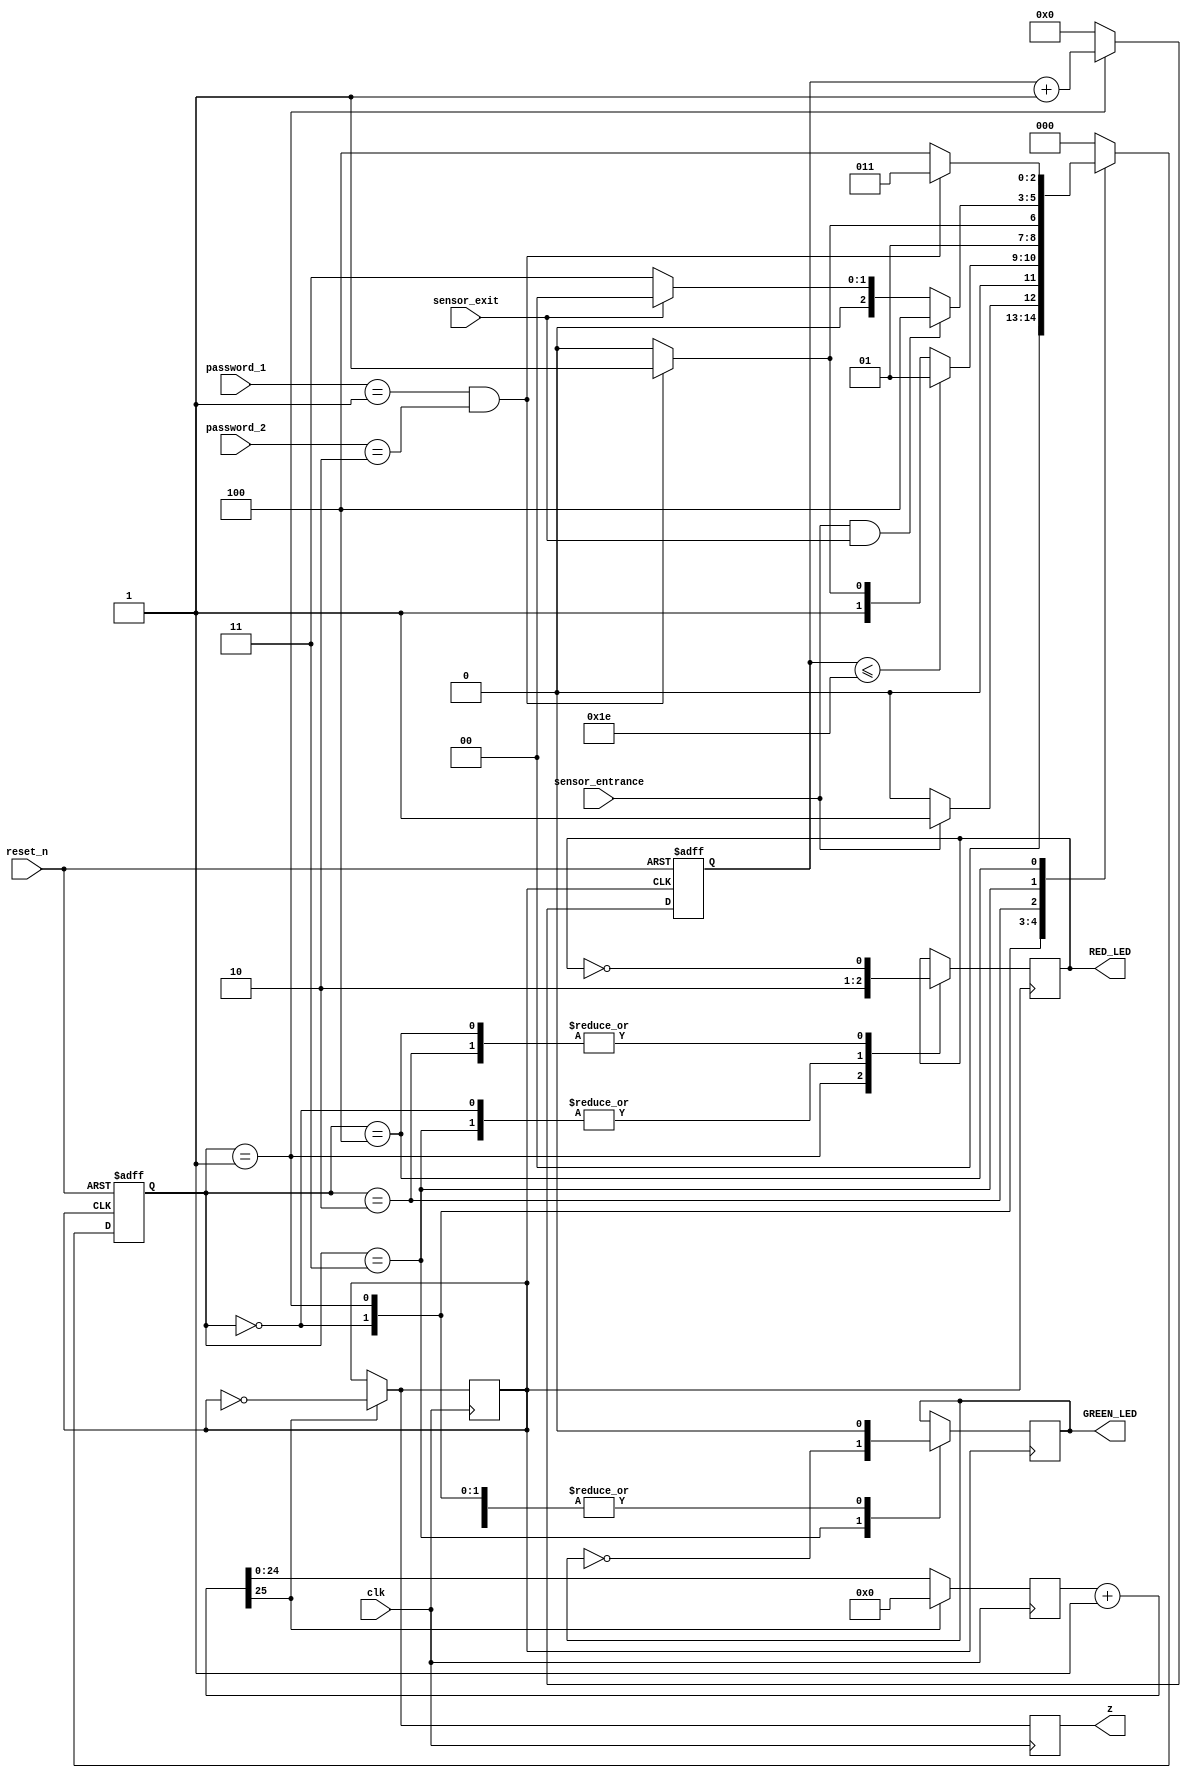
module parking_system(
    input clk, reset_n,
    input sensor_entrance, sensor_exit,
    input [1:0] password_1, password_2,
    output reg z,
    output wire GREEN_LED, RED_LED
);

    parameter IDLE = 3'b000, WAIT_PASSWORD = 3'b001, WRONG_PASS = 3'b010, RIGHT_PASS = 3'b011, STOP = 3'b100;

    // Moore FSM: output just depends on the current state
    reg [2:0] current_state, next_state;
    reg [5:0] counter_wait;
    reg red_tmp, green_tmp;
    reg [25:0] temp;
    reg clkdiv;

    initial
    begin
        temp = 0;
        clkdiv = 1'b0;
    end

    always @(posedge clk)
    begin
        temp = temp + 1;
        if (temp[25] == 1)
        begin
            clkdiv = ~clkdiv;
            temp = 0;
        end
        z = clkdiv;
    end

    // Next state
    always @(posedge clkdiv or negedge reset_n)
    begin
        if (~reset_n)
            current_state = IDLE;
        else
            current_state = next_state;
    end

    // counter_wait
    always @(posedge clkdiv or negedge reset_n)
    begin
        if (~reset_n)
            counter_wait <= 0;
        else if (current_state == WAIT_PASSWORD)
            counter_wait <= counter_wait + 1;
        else
            counter_wait <= 0;
    end

    // change state
    always @(*)
    begin
        case (current_state)
            IDLE: begin
                if (sensor_entrance == 1)
                    next_state = WAIT_PASSWORD;
                else
                    next_state = IDLE;
            end

            WAIT_PASSWORD: begin
                if (counter_wait <= 30)
                    next_state = WAIT_PASSWORD;
                else
                begin
                    if ((password_1 == 2'b01) && (password_2 == 2'b10))
                        next_state = RIGHT_PASS;
                    else
                        next_state = WRONG_PASS;
                end
            end

            WRONG_PASS: begin
                if ((password_1 == 2'b01) && (password_2 == 2'b10))
                    next_state = RIGHT_PASS;
                else
                    next_state = WRONG_PASS;
            end

            RIGHT_PASS: begin
                if (sensor_entrance == 1 && sensor_exit == 1)
                    next_state = STOP;
                else if (sensor_exit == 1)
                    next_state = IDLE;
                else
                    next_state = RIGHT_PASS;
            end

            STOP: begin
                if ((password_1 == 2'b01) && (password_2 == 2'b10))
                    next_state = RIGHT_PASS;
                else
                    next_state = STOP;
            end

            default: next_state = IDLE;
        endcase
    end

    // LEDs and output, change the period of blinking LEDs here
    always @(posedge clkdiv)
    begin
        case (current_state)
            IDLE: begin
                green_tmp = 1'b0;
                red_tmp = 1'b0;
            end

            WAIT_PASSWORD: begin
                green_tmp = 1'b0;
                red_tmp = 1'b1;
            end

            WRONG_PASS: begin
                green_tmp = 1'b0;
                red_tmp = ~red_tmp;
            end

            RIGHT_PASS: begin
                green_tmp = ~green_tmp;
                red_tmp = 1'b0;
            end

            STOP: begin
                green_tmp = 1'b0;
                red_tmp = ~red_tmp;
            end
        endcase
    end

    assign RED_LED = red_tmp;
    assign GREEN_LED = green_tmp;

endmodule